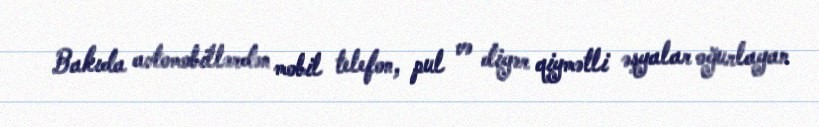
Bakıda avtomobillərdən mobil telefon, pul və digər qiymətli əşyalar oğurlayan